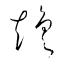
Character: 趨